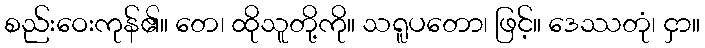
စည်းဝေးကုန်၏။ တေ၊ ထိုသူတို့ကို။ သရူပတော၊ ဖြင့်။ ဒေဿတုံ၊ ငှာ။